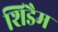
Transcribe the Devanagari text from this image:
शिडैम